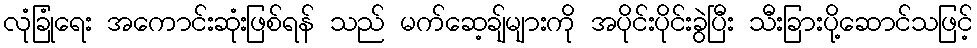
လုံခြုံရေး အကောင်းဆုံးဖြစ်ရန် သည် မက်ဆေ့ချ်များကို အပိုင်းပိုင်းခွဲပြီး သီးခြားပို့ဆောင်သဖြင့်